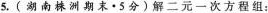
5.(湖南株洲期末·5分)解二元一次方程组：